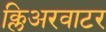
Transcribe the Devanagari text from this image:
क्लिअरवाटर